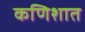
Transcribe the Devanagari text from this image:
कणिशात